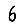
Digit: 6